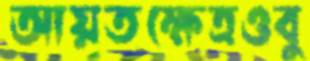
আয়তক্ষেত্রওবু